King Institute of Preventive Medicine Micro-Biological Section reports 1909-11
Year: 1909
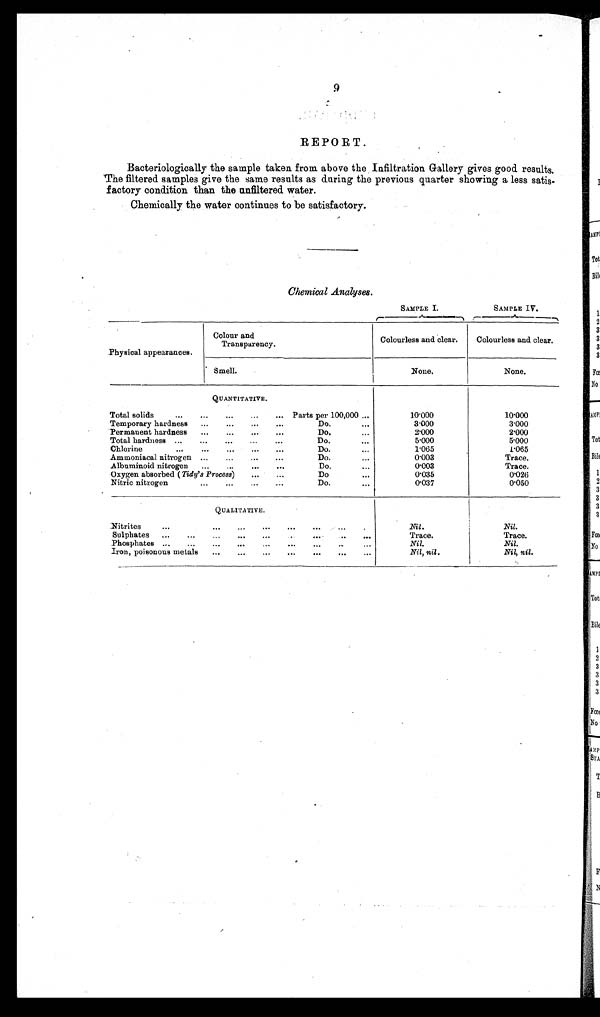
9
REPORT.
Bacteriologically the sample taken from above the Infiltration Gallery gives good results.
The filtered samples give the same results as during the previous quarter showing a less satis-
factory condition than the unfiltered water.
Chemically the water continues to be satisfactory.
Chemical Analyses.
SAMPLE I.
SAMPLE IV.
Physical appearances.
Colour and
Transparency.
Colourless and clear.
Colourless and clear.
Smell.
None.
None.
QUANTITATIVE.
Total solid
...
...
...
...
... Parts per 100,000 ...
10.000
10.000
Temporary hardness ...
...
...
...
Do.
...
3.000
3.000
Permanent hardness ...
...
...
...
Do.
...
2.000
2.000
Total hardness ...
...
...
...
...
Do.
...
5.000
5.000
Chlorine
...
... ... ... ...
Do.
...
1.065
1.065
Ammoniacal nitrogen ...
...
...
...
Do.
...
0.003
Trace.
Albuminoid nitrogen ...
...
... ...
Do.
...
0.003
Trace.
Oxygen absorbed ( Tidy's Process)
...
...
Do
...
0.035
0.026
Nitric nitrogen
...
...
... ...
Do.
...
0.037
0.050
QUALITATIVE.
Nitrites
... ... ... ... ... ... ... ...
Nil
Nil.
Sulphates ...
... ...
...
... ...
...
... ...
Trace.
Trace.
Phosphates ...
...
...
...
...
...
...
...
...
Nil.
Nil.
Iron, poisonous metals
...
...
...
...
...
...
...
Nil, nil.
Nil, nil.